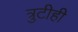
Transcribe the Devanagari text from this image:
त्रुटीही